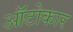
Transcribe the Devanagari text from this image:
ऑटोकार